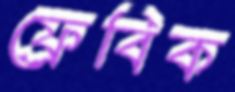
ফ্রেবিক